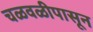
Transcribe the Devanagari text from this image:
चळवळीपासून